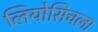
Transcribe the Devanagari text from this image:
लियोसिचला